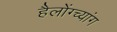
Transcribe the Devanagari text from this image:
हैलोंग्च्यांग